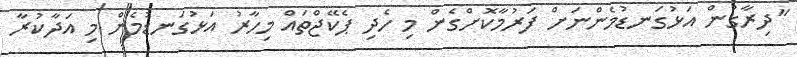
"ދިރާގުން އަޅުގަނޑުމެންނަށް ފަރުމާކޮށްގެން މި ހެދި ޕެކޭޖްތައް މިހާރު އަޅުގަނޑުމެން މި އަދާކުރާ